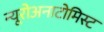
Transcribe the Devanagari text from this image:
न्यूरोअनाटोमिस्ट